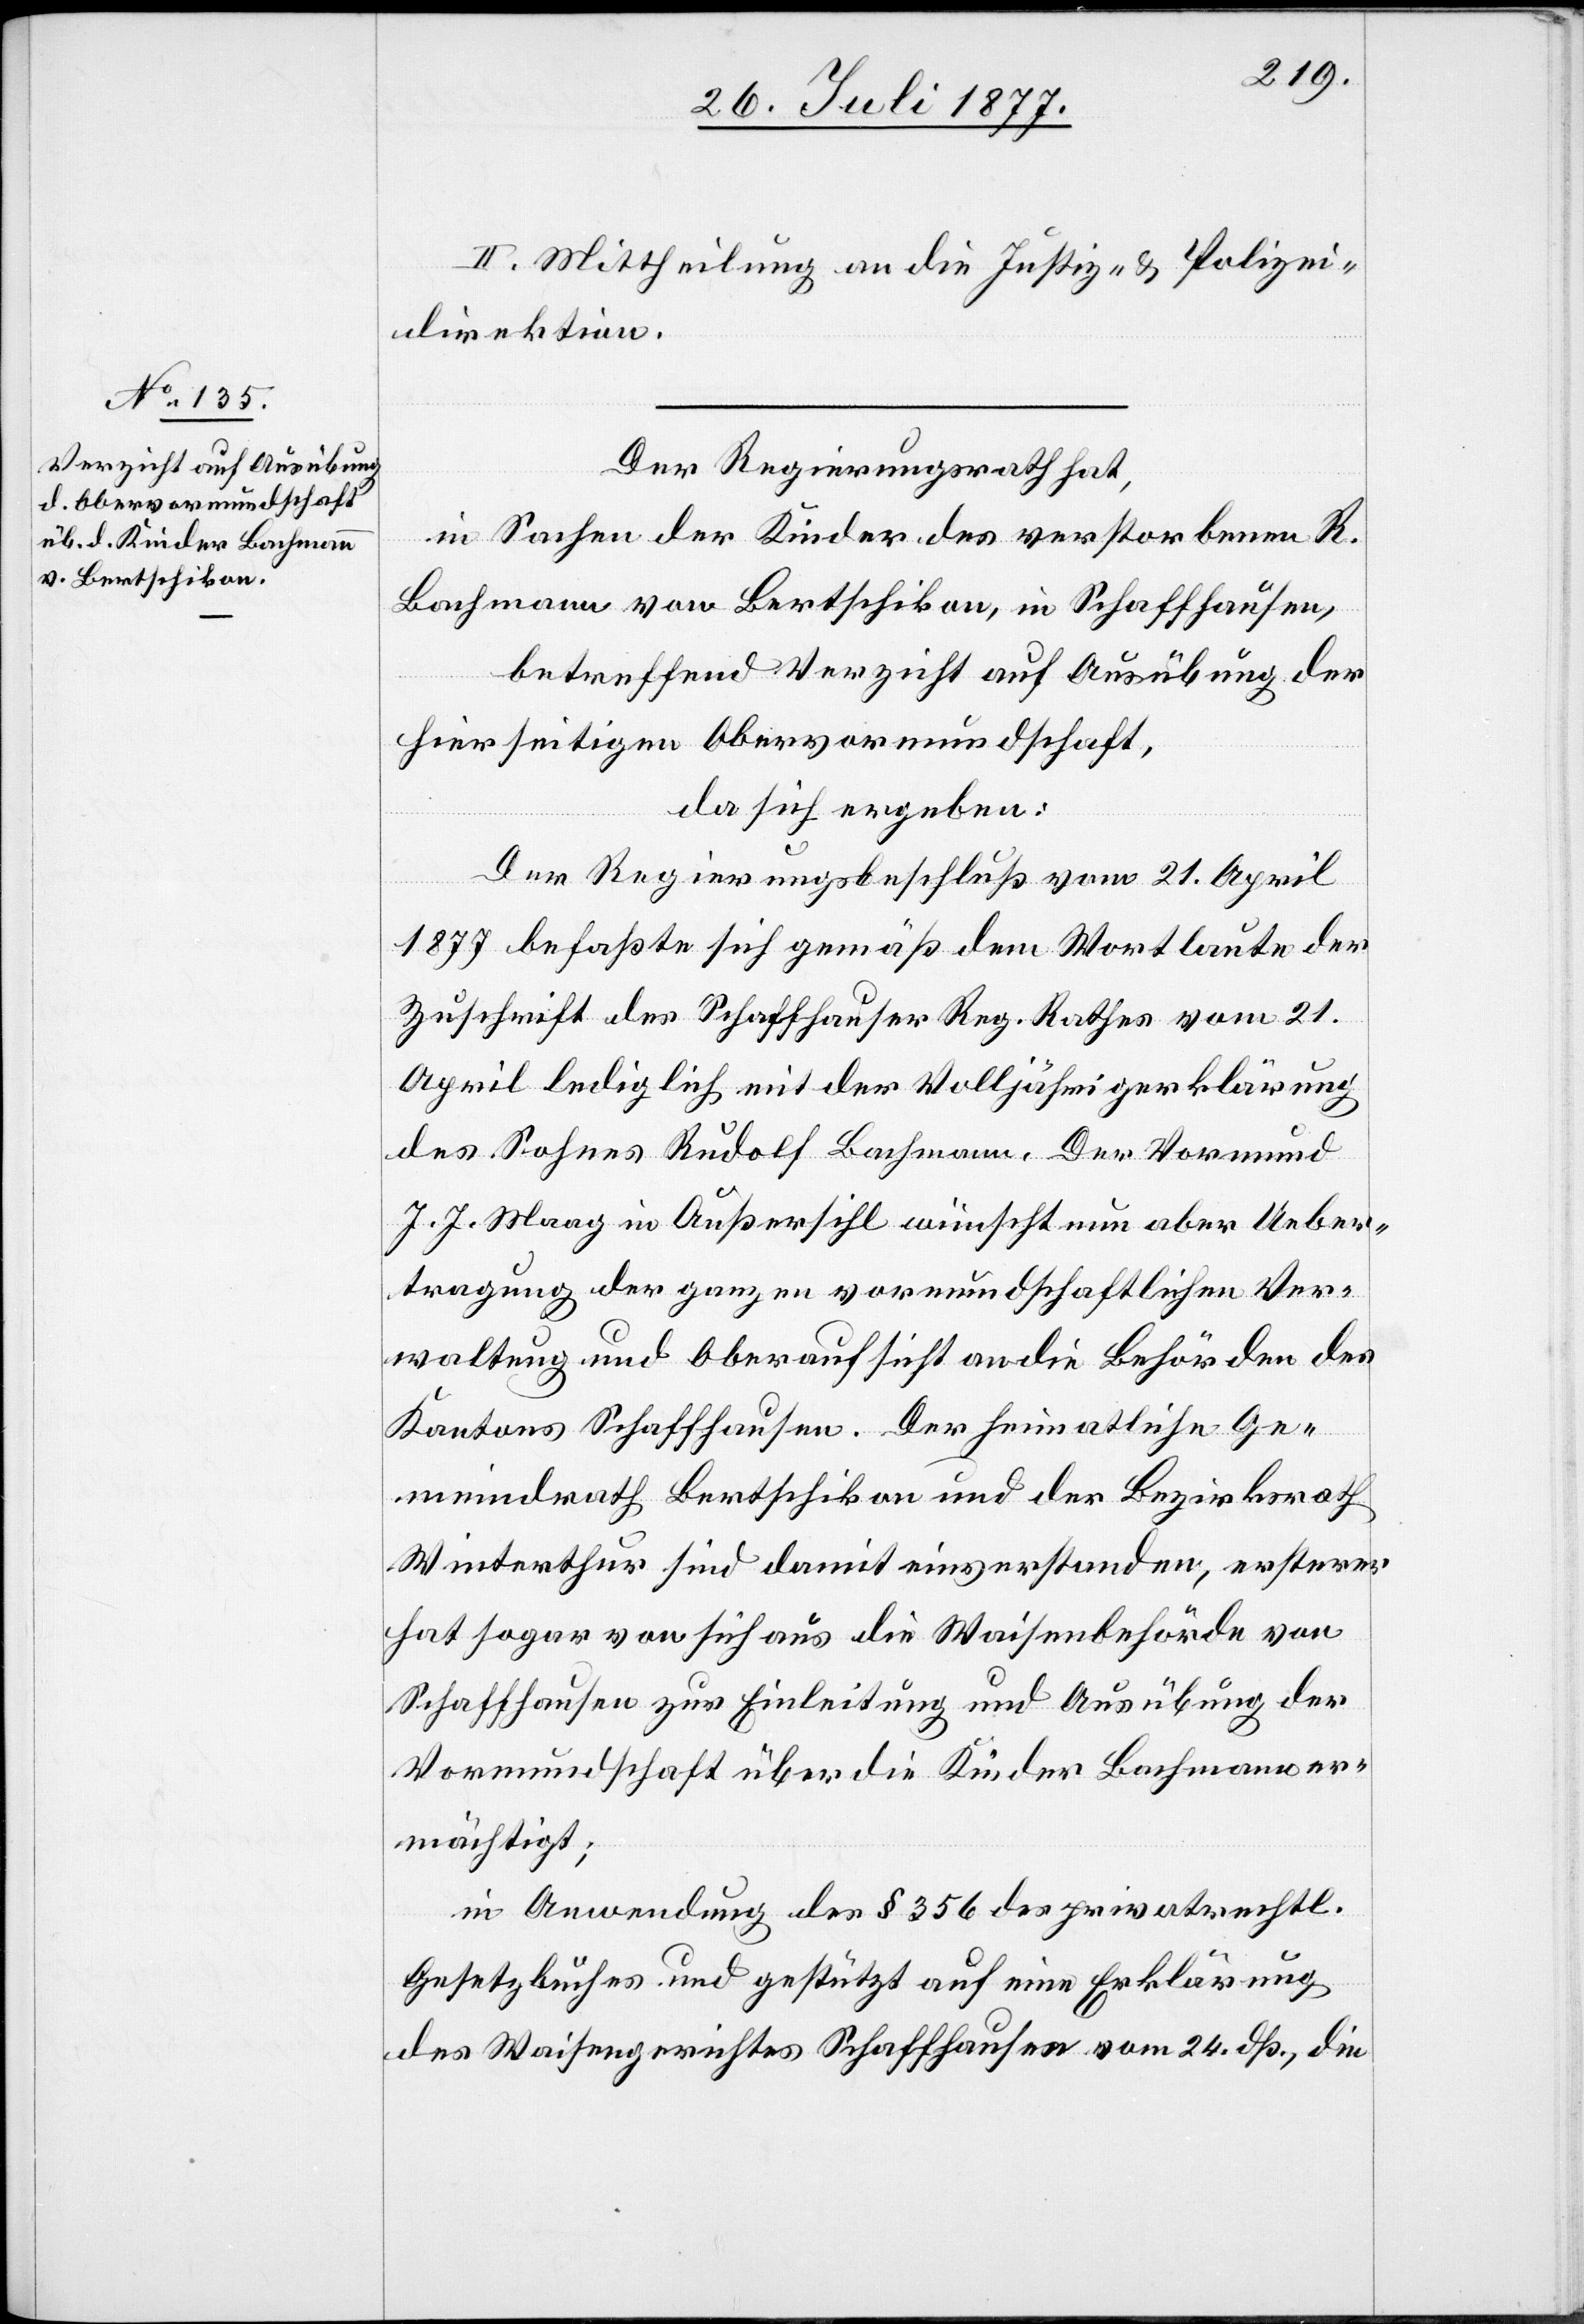
Der Regierungsrath hat,
in Sachen der Kinder des verstorbenen R.
Bachmann von Bertschikon, in Schaffhausen,
betreffend Verzicht auf Ausübung der
hierseitigen Obervormundschaft,
da sich ergeben:
Der Regierungsbeschluß vom 21. April
1877 befaßte sich gemäß dem Wortlaute der
Zuschrift des Schaffhauser Reg. Rathes vom 21.
April lediglich mit der Volljährigerklärung
des Sohnes Rudolf Bachmann. Der Vormund
J. J. Maag in Außersihl wünscht nun aber Ueber¬
tragung der ganzen vormundschaftlichen Ver¬
waltung und Oberaufsicht an die Behörden des
Kantons Schaffhausen. Der heimatliche Ge¬
meindrath Bertschikon und der Bezirksrath
Winterthur sind damit einverstanden, ersterer
hat sogar von sich aus die Waisenbehörde von
Schaffhausen zur Einleitung und Ausübung der
Vormundschaft über die Kinder Bachmann er¬
mächtigt;
in Anwendung des § 356 des privatrechtl.
Gesetzbuches und gestützt auf eine Erklärung
des Waisengerichtes Schaffhausen vom 24. dß., die